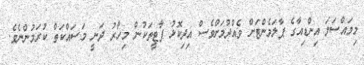
މިމައްސަލަ އިންޑިއާގެ ޕާލަމެންޓަށް ވެއްދުމަށްވެސް އިދިކޮޅު ޕާޓީތަކުން މިހާރު ދަނީ މަސައްކަތް ކުރަމުންނެވެ.